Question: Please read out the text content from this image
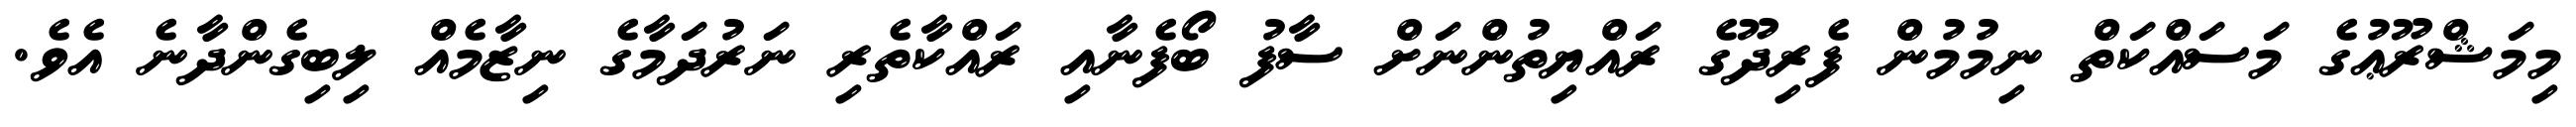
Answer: މިމަޝްރޫޢުގެ މަސައްކަތް ނިމުމުން ފެރިދޫގެ ރައްޔިތުންނަށް ސާފު ބޯފެނާއި ރައްކާތެރި ނަރުދަމާގެ ނިޒާމެއް ލިބިގެންދާނެ އެވެ.